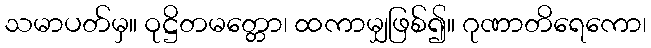
သမာပတ်မှ။ ဝုဋ္ဌိတမတ္တော၊ ထကာမျှဖြစ်၍။ ဂုဏာတိရေကော၊